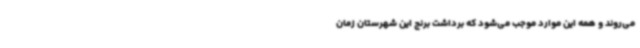
می‌روند و همه این موارد موجب می‌شود که برداشت برنج این شهرستان زمان